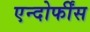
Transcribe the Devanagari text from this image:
एन्दोर्फींस